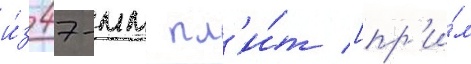
и́з 47-мм пл'и́т [пр'и́м